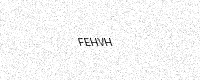
Text: FEHVH